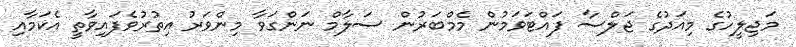
މަޖިލީހުގެ މިއަދުގެ ޖަލްސާ ފައްޓަވަމުން މެމްބަރުން ސަލާމް ނަންގަވާ މިންވަރު އިތުރުވެފައިވާތީ އެކަމާއި